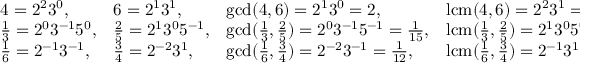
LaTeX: \begin{array} { l l l l } { 4 = 2 ^ { 2 } 3 ^ { 0 } , } & { 6 = 2 ^ { 1 } 3 ^ { 1 } , } & { \operatorname* { g c d } ( 4 , 6 ) = 2 ^ { 1 } 3 ^ { 0 } = 2 , } & { \operatorname { l c m } ( 4 , 6 ) = 2 ^ { 2 } 3 ^ { 1 } = 1 2 . } \\ { { \frac { 1 } { 3 } } = 2 ^ { 0 } 3 ^ { - 1 } 5 ^ { 0 } , } & { { \frac { 2 } { 5 } } = 2 ^ { 1 } 3 ^ { 0 } 5 ^ { - 1 } , } & { \operatorname* { g c d } ( { \frac { 1 } { 3 } } , { \frac { 2 } { 5 } } ) = 2 ^ { 0 } 3 ^ { - 1 } 5 ^ { - 1 } = { \frac { 1 } { 1 5 } } , } & { \operatorname { l c m } ( { \frac { 1 } { 3 } } , { \frac { 2 } { 5 } } ) = 2 ^ { 1 } 3 ^ { 0 } 5 ^ { 0 } = 2 , } \\ { { \frac { 1 } { 6 } } = 2 ^ { - 1 } 3 ^ { - 1 } , } & { { \frac { 3 } { 4 } } = 2 ^ { - 2 } 3 ^ { 1 } , } & { \operatorname* { g c d } ( { \frac { 1 } { 6 } } , { \frac { 3 } { 4 } } ) = 2 ^ { - 2 } 3 ^ { - 1 } = { \frac { 1 } { 1 2 } } , } & { \operatorname { l c m } ( { \frac { 1 } { 6 } } , { \frac { 3 } { 4 } } ) = 2 ^ { - 1 } 3 ^ { 1 } = { \frac { 3 } { 2 } } . } \end{array}